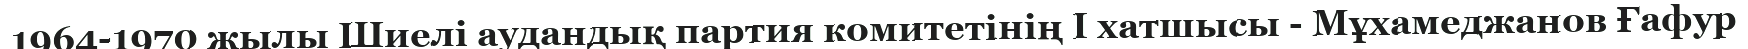
1964-1970 жылы Шиелі аудандық партия комитетінің І хатшысы - Мұхамеджанов Ғафур